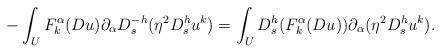
LaTeX: \begin{align*} - \int_U F_k^\alpha(D u) \partial_\alpha D_s^{-h}(\eta^2 D_s^h u^k) = \int_U D_s^h (F^\alpha_k(D u)) \partial_\alpha (\eta^2 D_s^h u^k).\end{align*}